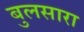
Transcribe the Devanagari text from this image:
बुलसारा